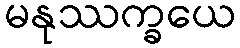
မနုဿက္ခယေ